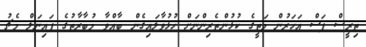
ތިރީސް ފަސް އަހަރުން މަތީގެ ކުޅުންތެރިންނަށް ހުޅުވާލައިގެން ބާއްވާ މުބާރާތުގެ ފައިނަލް މެޗު